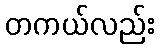
တကယ်လည်း